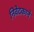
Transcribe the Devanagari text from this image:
निवेदकाने